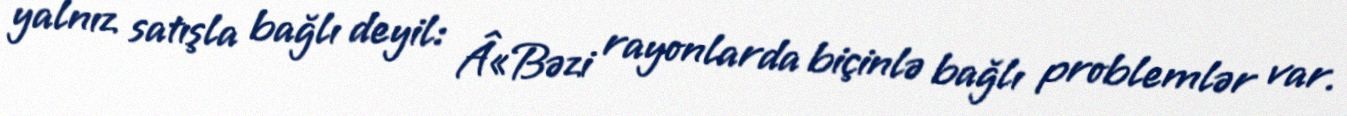
yalnız satışla bağlı deyil: Â«Bəzi rayonlarda biçinlə bağlı problemlər var.